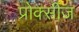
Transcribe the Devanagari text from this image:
प्रोक्सीज